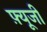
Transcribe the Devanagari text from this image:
फ़्यूजी